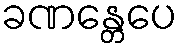
ခဏန္တေပေ